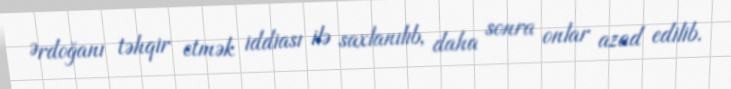
Ərdoğanı təhqir etmək iddiası ilə saxlanılıb, daha sonra onlar azad edilib.